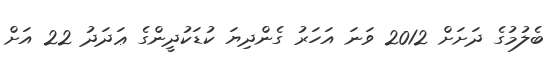
ބެލުމުގެ ދަށަށް 2012 ވަނަ އަހަރު ގެންދިޔަ ކުޑަކުދީންގެ ޢަދަދު 22 އަށް